Report on sanitation, dispensaries, and jails in Rajputana for 1910, and on vaccination for the year 1910-1911 - 1910-1911
Year: 1910
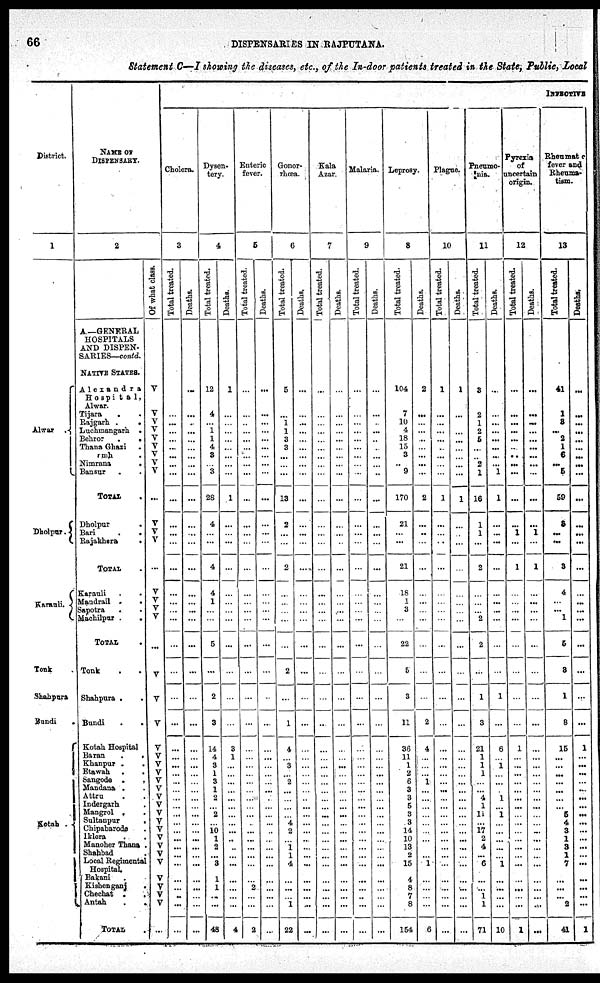
66
DISPENSARIES IN RAJPUTANA.
Statement C—I showing the diseases, etc., of the In-door patients treated in the State, Public, Local
District.
1
Alwar
.
Dholpur .
Karauli.
Tonk
Shahpura
Bundi
.
Kotah .
NAME OF
DISPENSARY.
2
A.—GENERAL
HOSPITALS
AND DISPEN-
SARIES—contd.
NATIVE STATES.
Alexandra
Hospital,
Alwar.
Tijara . .
Rajgarh
.
.
Luchmangarh .
Behror
.
.
Thana Ghazi .
rmh .
Nimrana
.
Bansur .
TOTAL
Dholpur .
Bari . .
Rajakhera
.
TOTAL
Karauli
.
.
Mandrail
.
.
Sapotra . .
Machilpur . .
TOTAL .
Tonk . .
Shahpura . .
Bundi
.
.
Kotah Hospital
Baran
.
.
Khanpur
.
.
Etawah . .
Sangode
.
.
Mandana .
Attru . .
Indergarh .
Mangrol . .
Sultanpur
.
Chipabarode .
Iklera . .
Manoher Thana .
Shahbad .
Local Regimental
Hospital.
Bakani .
Kishenganj
.
Chechat . .
Antah
.
.
TOTAL .
Of what class.
V
V
V
V
V
V
V
V
V
...
V
V
V
...
V
V
V
V
...
V
V
V
V
V
V
V
V
V
V
V
V
V
V
V
V
V
V
V
V
V
V
...
INFECTIVE
Cholera.
3
Total treated.
...
...
...
...
...
...
...
...
...
...
...
...
...
...
...
...
...
...
...
...
...
...
...
...
...
...
...
...
...
...
...
...
...
...
...
...
...
...
...
...
...
Deaths.
...
...
...
...
...
...
...
...
...
...
...
...
...
...
...
...
...
...
...
...
...
...
...
...
...
...
...
...
...
...
...
...
...
...
...
...
...
...
...
...
...
...
Dysen-
tery.
4
Total treated.
12
4
...
1
1
4
3
...
3
28
4
...
...
4
4
1
...
...
5
...
2
3
14
4
3
1
3
1
2
...
2
...
10
1
2
...
3
1
1
...
...
48
Deaths.
1
...
...
...
...
...
...
...
...
1
...
...
...
...
...
...
...
...
...
...
...
...
3
1
...
...
...
...
...
...
...
...
...
...
...
...
...
...
...
...
...
4
Enteric
fever.
5
Total treated.
...
...
...
...
...
...
...
...
...
...
...
...
...
...
...
...
...
...
...
...
...
...
...
...
...
...
...
...
...
...
...
...
...
...
...
...
...
...
2
...
...
2
Deaths.
...
...
...
...
...
...
...
...
...
...
...
...
...
...
...
...
...
...
...
...
...
...
...
...
...
...
...
...
...
...
...
...
...
...
...
...
...
...
...
...
...
...
Gonor-
rhœa.
6
Total treated.
5
...
1
1
3
3
...
...
...
13
2
...
...
2
...
...
...
...
...
2
...
1
4
...
3
...
2
...
...
...
...
4
2
...
1
1
4
...
...
...
1
22
Deaths.
...
...
...
...
...
...
...
...
...
...
...
...
...
...
...
...
...
...
...
...
...
...
...
...
...
...
...
...
...
...
...
...
...
...
...
...
...
...
...
...
...
...
Kala
Azar.
7
Total treated.
...
...
...
...
...
...
...
...
...
...
...
...
...
...
...
...
...
...
...
...
...
...
...
...
...
...
...
...
...
...
...
...
...
...
...
...
...
...
...
...
...
...
Deaths.
...
...
...
...
...
...
...
...
...
...
...
...
...
...
...
...
...
...
...
...
...
...
...
...
...
...
...
...
...
...
...
...
...
...
...
...
...
...
...
...
...
...
Malaria.
9
Total treated.
...
...
...
...
...
...
...
...
...
...
...
...
...
...
...
...
...
...
...
...
...
...
...
...
...
...
...
...
...
...
...
...
...
...
...
...
...
...
...
...
...
...
Deaths.
...
...
..
...
...
...
...
...
...
...
...
...
...
...
...
...
...
...
...
...
...
...
...
...
...
...
...
...
...
...
...
...
...
...
...
...
...
...
...
...
...
...
Leprosy.
8
Total treated.
104
7
10
4
18
15
3
..
9
170
21
...
...
21
18
1
3
...
22
5
3
11
36
11
1
2
6
3
3
5
3
3
14
10
13
2
15
4
8
7
8
154
Deaths.
2
...
...
...
...
...
...
...
...
2
...
..
...
...
...
...
...
...
...
...
...
2
4
...
...
...
1
...
...
...
...
...
...
...
...
...
1
...
...
...
...
6
Plague.
10
Total treated.
1
...
...
...
...
..
...
...
...
1
...
...
...
...
...
...
...
...
...
...
...
...
...
...
...
...
...
...
...
...
...
...
...
...
...
...
...
...
...
...
...
...
Deaths.
1
...
...
...
...
...
...
...
...
1
...
...
...
...
...
...
...
...
...
...
...
...
...
...
...
...
...
...
...
...
...
...
...
...
...
...
...
...
...
...
...
...
Pneumo-
nia
11
Total treated.
3
2
1
2
5
...
...
2
1
16
1
1
...
2
...
...
...
2
2
...
1
3
21
1
1
1
...
...
4
1
11
...
17
2
4
...
6
...
...
1
1
71
Deaths.
...
...
...
...
...
...
...
...
1
1
...
...
...
...
...
...
...
...
...
...
1
...
6
...
1
...
...
...
1
...
1
...
...
...
...
...
1
...
...
...
...
10
Pyrexia
of
uncertain
origin
12
Total treated.
...
...
...
...
...
...
...
...
...
...
...
1
...
1
...
...
...
...
...
...
...
...
1
...
...
...
...
...
...
...
...
...
...
...
...
...
...
...
...
...
...
1
Deaths.
...
...
...
...
...
...
...
...
...
...
...
1
...
1
...
...
...
...
...
...
...
...
...
...
...
...
...
...
...
...
...
...
...
...
...
...
...
...
...
...
...
...
Rheumat
fever and
Rheuma-
tism.
13
Total treated.
41
1
3
...
2
1
6
...
5
59
3
...
...
3
4
...
... 1
5
3
1
8
15
...
...
...
...
...
...
...
5
4
3
1
2
1
7
...
...
...
2
41
Deaths.
...
...
...
...
...
...
...
...
...
...
...
...
...
...
...
...
...
...
...
...
...
...
1
...
...
...
...
...
...
...
...
...
...
...
...
...
...
...
...
...
...
1